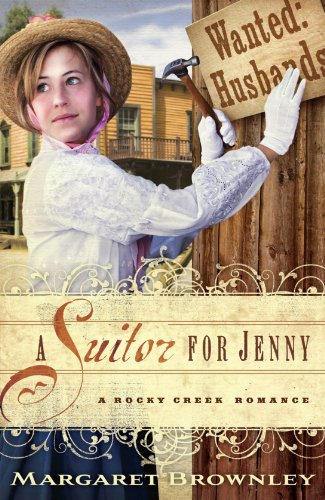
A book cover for A Suitor for Jenny (A Rocky Creek Romance); Margaret Brownley; Romance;